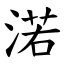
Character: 渃